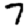
Digit: 7